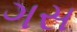
ગસ